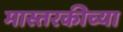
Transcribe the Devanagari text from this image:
मास्तरकीच्या